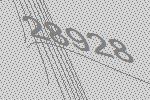
28928